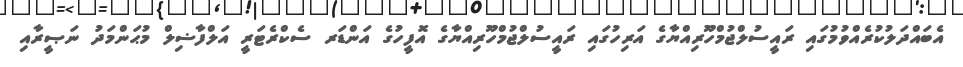
އެބައްދަލުކުރެއްވުމުގައި ރައީސުލްޖުމްހޫރިއްޔާގެ އަރިހުގައި ރައީސުލްޖުމްހޫރިއްޔާގެ އޮފީހުގެ އަންޑަރ ސެކްރެޓަރީ އަލްފާޟިލް މުޙަންމަދު ނަޞީރާއި